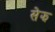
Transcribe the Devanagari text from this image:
सेझ